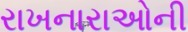
રાખનારાઓની